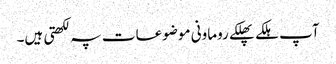
آپ ہلکے پھلکے روماونی موضوعات پہ لکھتی ہیں۔